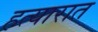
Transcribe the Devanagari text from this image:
हत्यारात